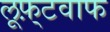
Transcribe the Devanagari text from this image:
लूफ़्टवाफ